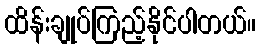
ထိန်းချုပ်ကြည့်နိုင်ပါတယ်။